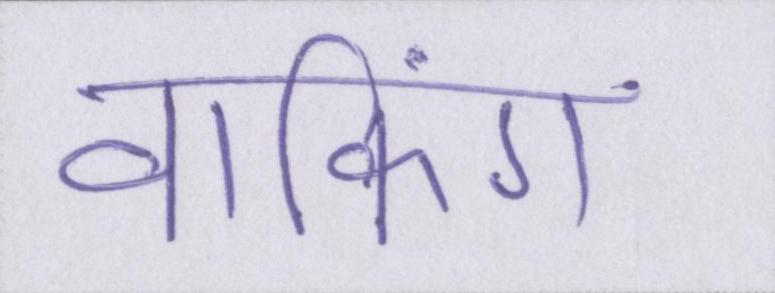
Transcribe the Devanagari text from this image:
वाकिंग